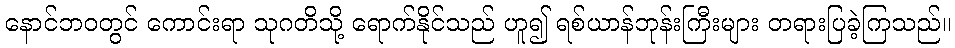
နောင်ဘဝတွင် ကောင်းရာ သုဂတိသို့ ရောက်နိုင်သည် ဟူ၍ ရစ်ယာန်ဘုန်းကြီးများ တရားပြခဲ့ကြသည်။